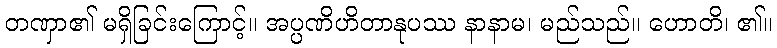
တဏှာ၏ မရှိခြင်းကြောင့်။ အပ္ပဏိဟိတာနုပဿ နာနာမ၊ မည်သည်။ ဟောတိ၊ ၏။